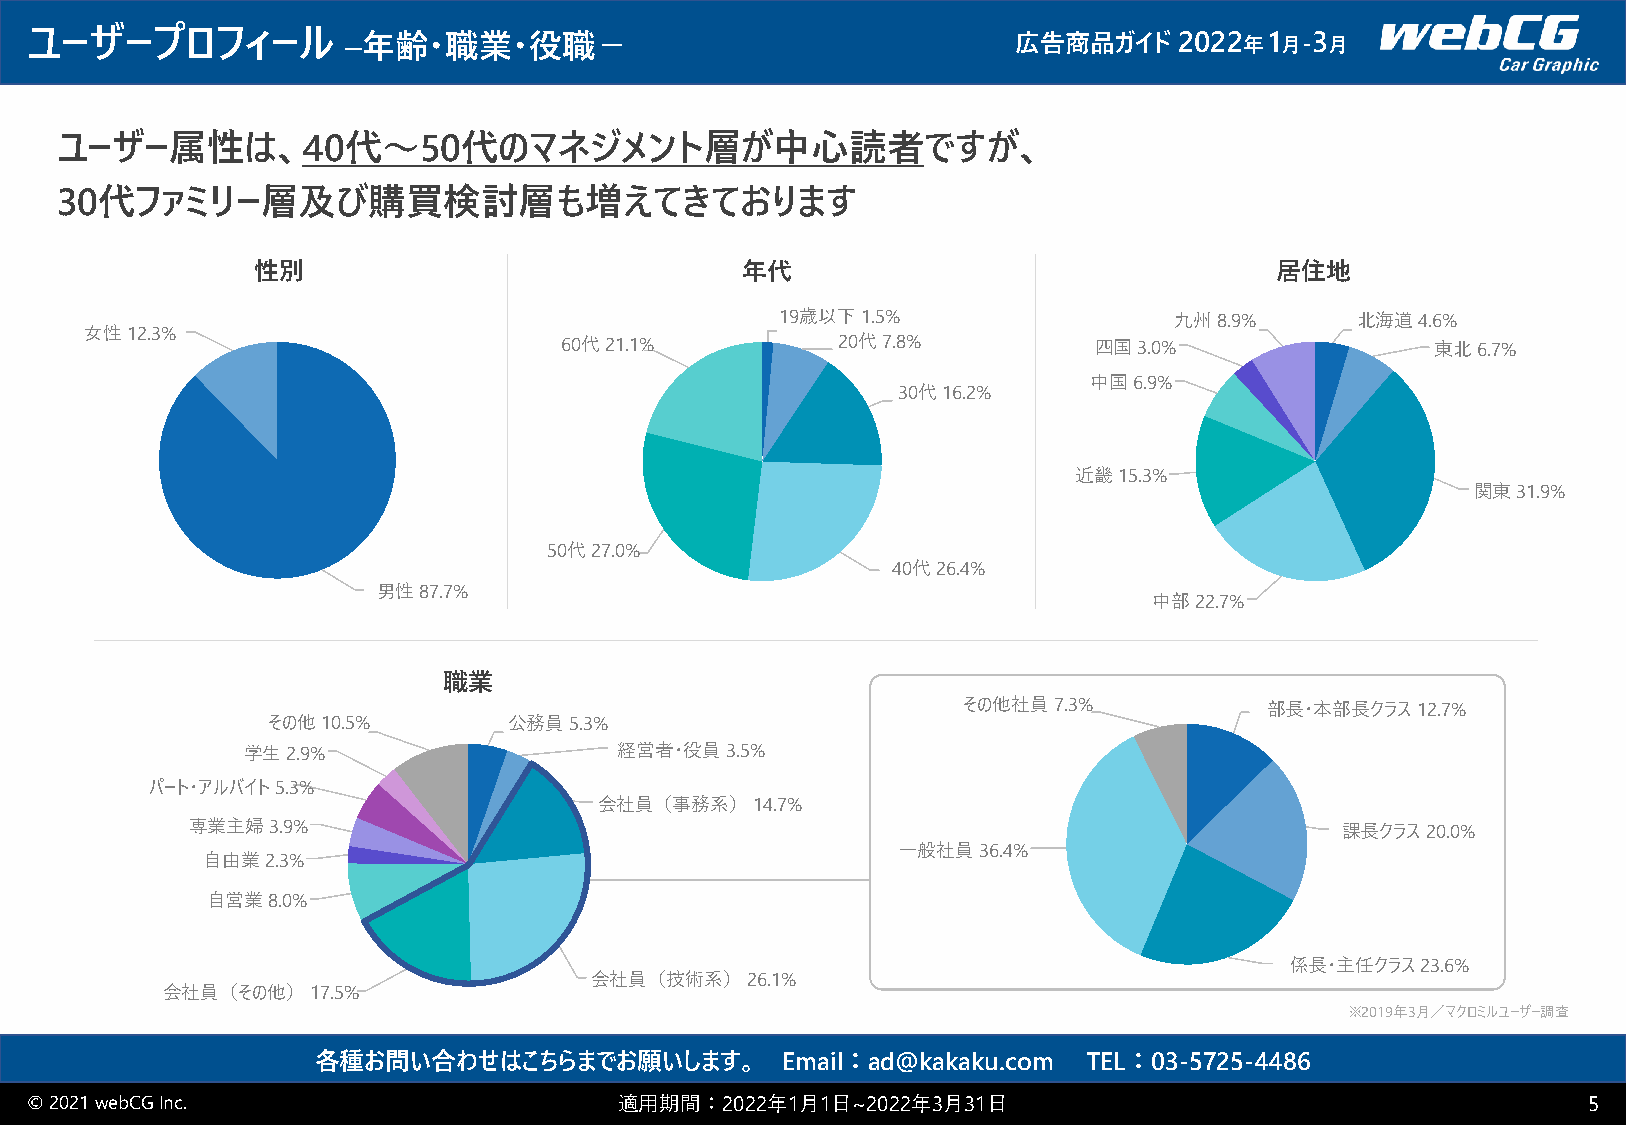
ユーザープロフィール           –年齢・職業・役職－                                  広告商品ガイド    2022 年1 月-3 月
 ユーザー属性は、40代～50代のマネジメント層が中心読者ですが、
 30代ファミリー層及び購買検討層も増えてきております
 性別                              年代                                 居住地
 19歳以下1.5%                 九州8.9%      北海道4.6%
 女性12.3%
 60代21.1%         7.2 30代7.8%       四国3.0%                 東北6.7%
 12.7
 中国6.9%
 30代16.2%
 16.0
 近畿15.3%
 関東31.9%
 27.5   26.5
 87.3
 50代27.0%
 40代26.4%
 男性87.7%
 中部22.7%
 職業
 その他社員7.3%           部長・本部長クラス12.7%
 その他10.5%        公務員5.3%
 学生2.9%                   経営者・役員3.5%
 パート・アルバイト5.3%
 会社員（事務系）14.7%
 専業主婦3.9%                                                                     課長クラス20.0%
 一般社員36.4%
 自由業2.3%
 自営業8.0%
 係長・主任クラス23.6%
 会社員（技術系）26.1%
 会社員（その他）17.5%
 ※2019年3月／マクロミルユーザー調査
 各種お問い合わせはこちらまでお願いします。          Email：ad@kakaku.com TEL：03-5725-4486
 © 2021 webCGInc.                       適用期間：2022年1月1日~2022年3月31日                                       5